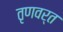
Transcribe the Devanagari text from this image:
तृणवर्त